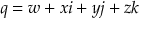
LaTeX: q = w + x i + y j + z k